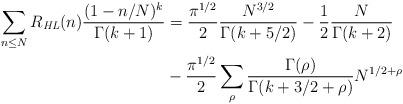
LaTeX: \begin{align*} \sum_{n \le N} R_{\textit{HL}}(n) \frac{(1 - n/N)^k}{\Gamma(k + 1)} &= \frac{\pi^{1 / 2}}2 \frac{N^{3 / 2}}{\Gamma(k + 5 / 2)} - \frac 12 \frac{N}{\Gamma(k + 2)} \\ & - \frac{\pi^{1 / 2}}2 \sum_{\rho} \frac{\Gamma(\rho)}{\Gamma(k + 3 / 2 + \rho)} N^{1 / 2 + \rho} \end{align*}